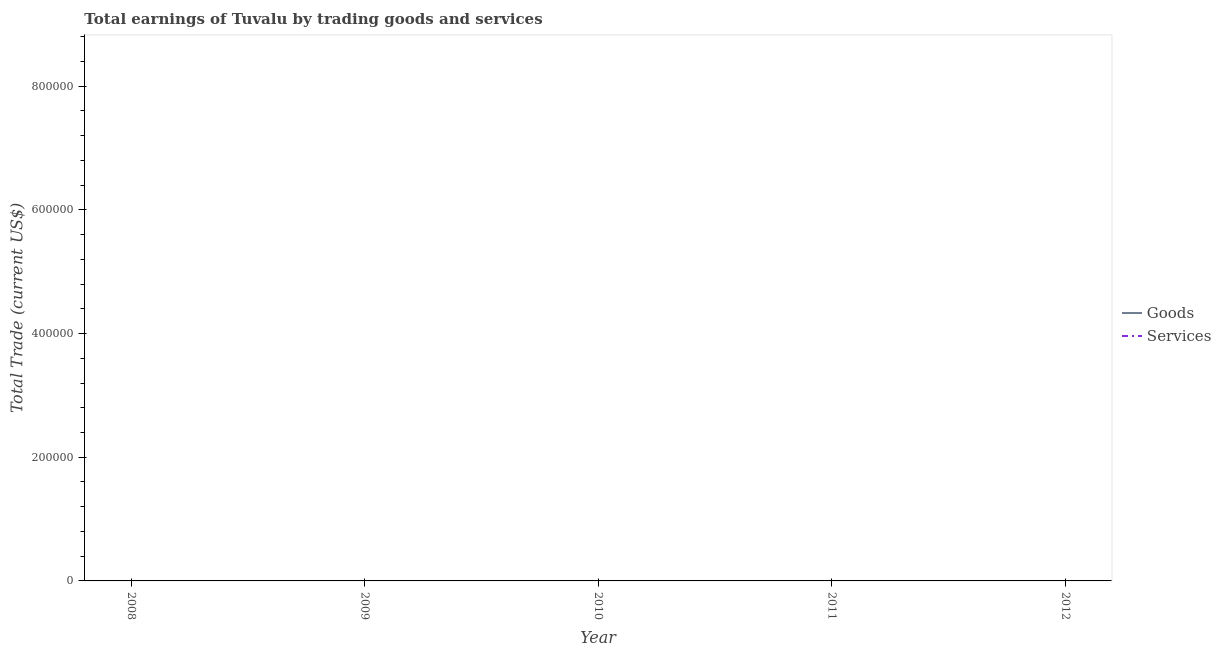
| Year | Goods | Services |
 | --- | --- | --- |
 | 2008 | -9.07e+06 | -3.54e+07 |
 | 2009 | -2.11e+07 | -4.52e+07 |
 | 2010 | -8.4e+06 | -3.82e+07 |
 | 2011 | -1.06e+07 | -5.03e+07 |
 | 2012 | -1.55e+06 | -2.46e+07 |